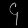
Digit: ၄